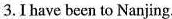
3.Ihave been to Nanjing.